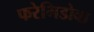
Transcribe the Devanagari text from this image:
फरेमिडोबा